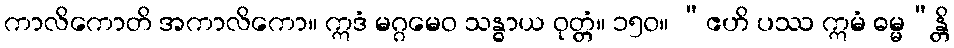
ကာလိကောတိ အကာလိကော။ ဣဒံ မဂ္ဂမေဝ သန္ဓာယ ဝုတ္တံ။ ၁၅၀။ “ဧဟိ ပဿ ဣမံ ဓမ္မ”န္တိ